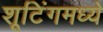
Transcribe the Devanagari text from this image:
शूटिंगमध्ये